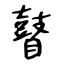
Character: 瞽